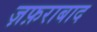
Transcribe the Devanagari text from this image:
ज़फ़राबाद